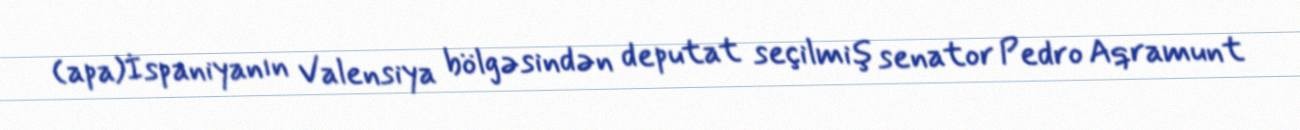
(apa)İspaniyanın Valensiya bölgəsindən deputat seçilmiş senator Pedro Aqramunt